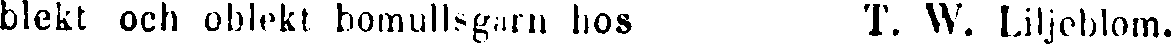
blekt och oblekt bomullsgarn hos T. W. Liljeblom.